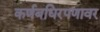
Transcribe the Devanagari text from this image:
कर्णबधिरपणावर